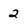
Character: 2